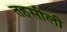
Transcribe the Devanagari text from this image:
तहसीली